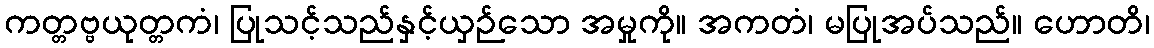
ကတ္တဗ္ဗယုတ္တကံ၊ ပြုသင့်သည်နှင့်ယှဉ်သော အမှုကို။ အကတံ၊ မပြုအပ်သည်။ ဟောတိ၊